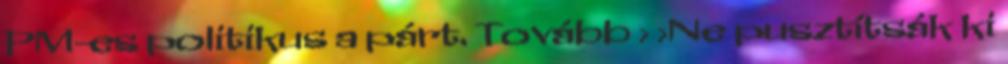
PM-es politikus a párt. Tovább › ›Ne pusztítsák ki